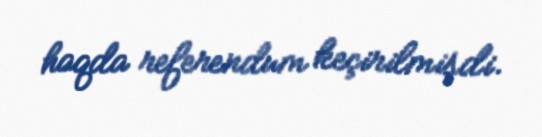
haqda referendum keçirilmişdi.